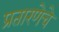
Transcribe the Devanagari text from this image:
प्रतारणेचे